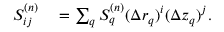
\begin{array} { r l } { S _ { i j } ^ { ( n ) } } & { { } = \sum _ { q } S _ { q } ^ { ( n ) } ( \Delta r _ { q } ) ^ { i } ( \Delta z _ { q } ) ^ { j } . } \end{array}